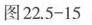
图22.5-15